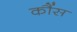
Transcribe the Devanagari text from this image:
कौंस